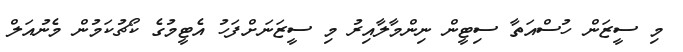
މި ސީޒަން ހުސްއަތާ ސިޓީން ނިންމާލާއިރު މި ސީޒަނަށްފަހު އެޓީމުގެ ކޯޗުކަމުން މެނުއަލް